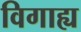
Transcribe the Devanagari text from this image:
विगाह्य